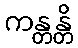
ကန္တန္တိ